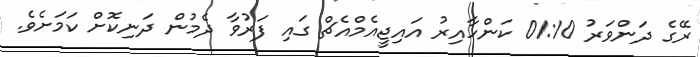
ރޭގެ ދަންވަރު 01:10 ކަންހާއިރު އައިޖީއެމްއެޗް ގައި ފަރުވާ ދެމުން ދަނިކޮށް ކަމަށެވެ.